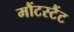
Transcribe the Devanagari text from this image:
मौंटस्टैंट